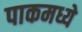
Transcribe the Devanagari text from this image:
पाकमध्ये